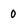
Character: 0